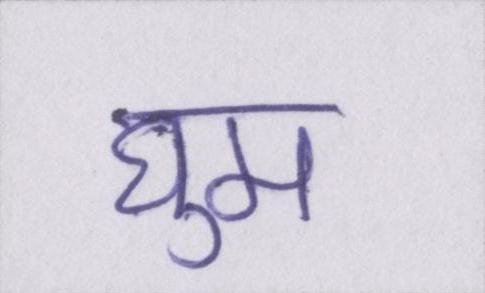
घुम